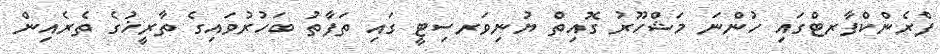
ފްރެންކްފާރޓްގައި ހުންނަ މަޝްހޫރު ގޮއިތް ޔުނިވަރސިޓީ ގައި ތަފާތު ބަހުރުވައިގެ ތާރީޚުގެ ތެރެއިން